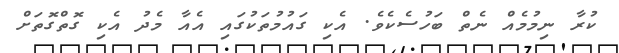
ކުރާ ނިމުމެއް ނެތް ބަހުސެކެވެ. އެކި ގައުމުތަކުގައި އެއާ މެދު އެކި ގޮތްގޮތަށް